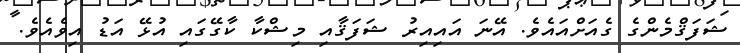
ޝަފަޤްމެންގެ ގެއަށްއައެވެ. އޭނަ އައިއިރު ޝަފަޤާއި މިޝްކާ ކާގޭގައި އުޅޭ އަޑު އިވެއެވެ.